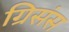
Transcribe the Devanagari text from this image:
ग्रिसंस